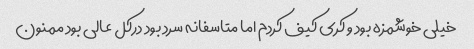
خیلی خوشمزه بود و کری کیف کردم اما متاسفانه سرد بود درکل عالی بود ممنون